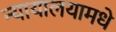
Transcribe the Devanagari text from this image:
न्यायालयामधे